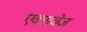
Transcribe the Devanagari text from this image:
एक्सचेज